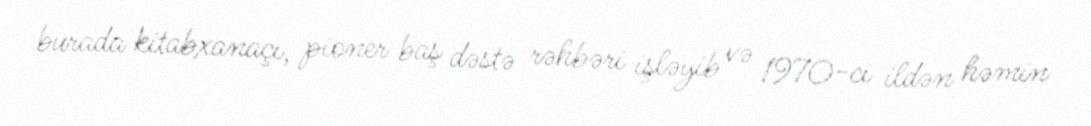
burada kitabxanaçı, pioner baş dəstə rəhbəri işləyib və 1970-ci ildən həmin